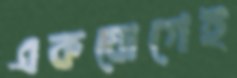
একযোগেই